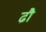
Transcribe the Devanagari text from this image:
ढौ